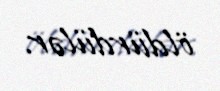
öldürdülər.